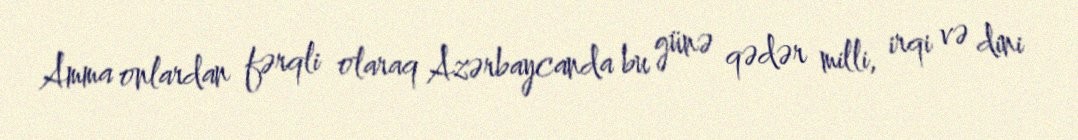
Amma onlardan fərqli olaraq Azərbaycanda bu günə qədər milli, irqi və dini